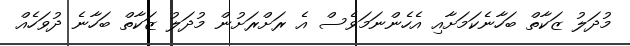
މުދަލު ޒަކާތް ބަހާނެކަމަށާއި އެހެންނަމަވެސް އެ ރަށްރަށުން މުދަލު ޒަކާތް ބަހާނެ ދުވަހެއް